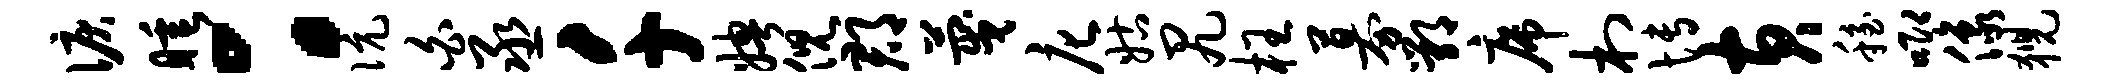
泪睡：伉白丞千娉倪郡蔑庀姑尻枉募鄂席村博黄稳唧像猊